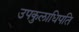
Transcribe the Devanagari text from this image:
उपकुलाधिपति